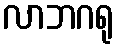
လာဘဂရု